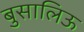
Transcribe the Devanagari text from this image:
बुसालिऊ